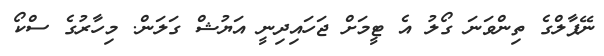
ނޭޕާލްގެ ތިންވަނަ ގޯލު އެ ޓީމަށް ޖަހައިދިނީ އަޔުޝް ގަލަން. މިހާރުގެ ސްކޯ